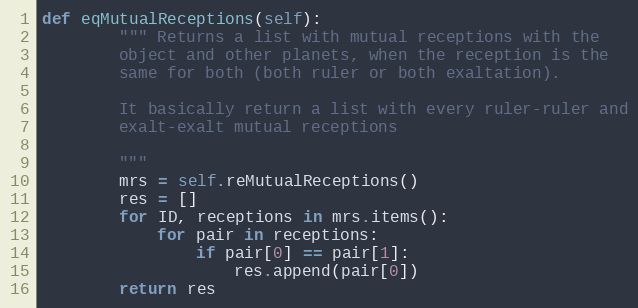
Language: Python
def eqMutualReceptions(self):
        """ Returns a list with mutual receptions with the
        object and other planets, when the reception is the
        same for both (both ruler or both exaltation).

        It basically return a list with every ruler-ruler and
        exalt-exalt mutual receptions

        """
        mrs = self.reMutualReceptions()
        res = []
        for ID, receptions in mrs.items():
            for pair in receptions:
                if pair[0] == pair[1]:
                    res.append(pair[0])
        return res